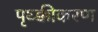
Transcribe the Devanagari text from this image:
पृथ्क्कीकरण